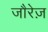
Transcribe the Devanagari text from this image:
जौरेज़